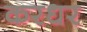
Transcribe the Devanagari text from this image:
करधर